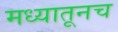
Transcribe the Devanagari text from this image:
मध्यातूनच